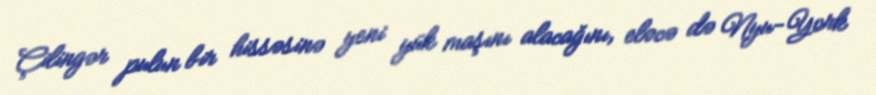
Çilingər pulun bir hissəsinə yeni yük maşını alacağını, eləcə də Nyu-York